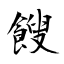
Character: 餿